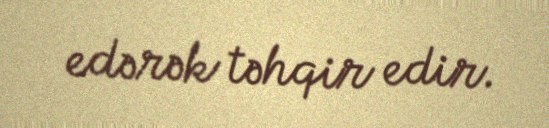
edərək təhqir edir.